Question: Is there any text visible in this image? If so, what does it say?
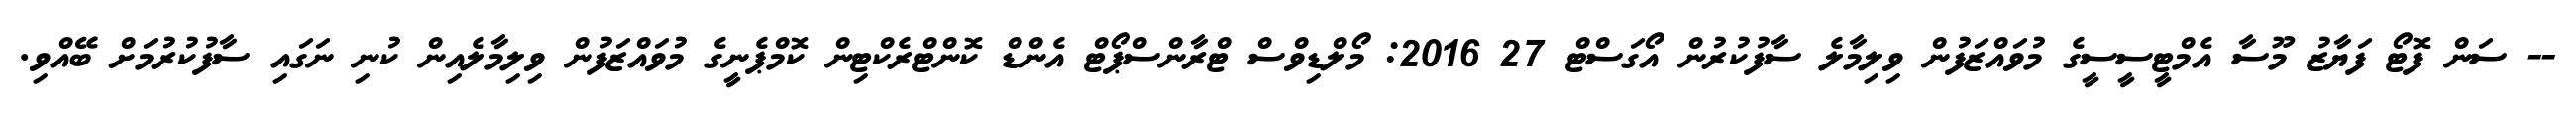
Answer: -- ސަން ފޮޓޯ ފަޔާޒު މޫސާ އެމްޓީސީސީގެ މުވައްޒަފުން ވިލިމާލެ ސާފުކުރުން އޯގަސްޓް 27 2016: މޯލްޑިވްސް ޓްރާންސްޕޯޓް އެންޑް ކޮންޓްރެކްޓިން ކޮމްޕެނީގެ މުވައްޒަފުން ވިލިމާލެއިން ކުނި ނަގައި ސާފުކުރުމަށް ބޭއްވި.